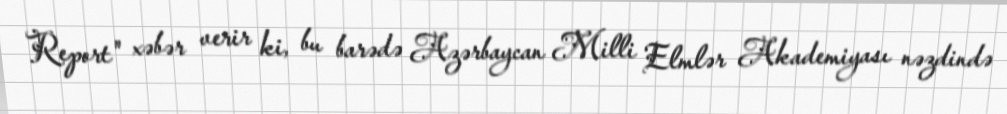
Report" xəbər verir ki, bu barədə Azərbaycan Milli Elmlər Akademiyası nəzdində